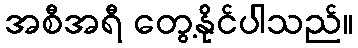
အစီအရီ တွေ့နိုင်ပါသည်။